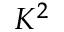
K ^ { 2 }